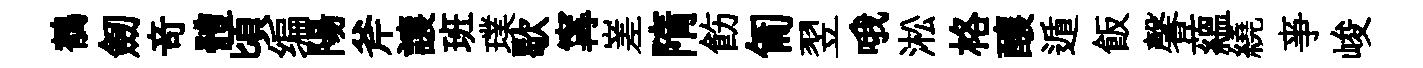
鶺劒竒體頃编陽斧譲班璞歇𡩋嵳隋飭匍翌哦淞格釀遁飯馨蘊繞亊峻